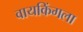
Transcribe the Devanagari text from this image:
वायकिंगला